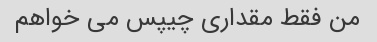
من فقط مقداری چیپس می خواهم